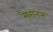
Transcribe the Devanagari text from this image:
मैगनन